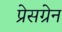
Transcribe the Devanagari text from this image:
प्रेसग्रेन